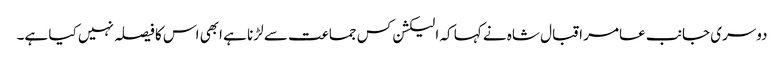
دوسری جانب عامر اقبال شاہ نے کہا کہ الیکشن کس جماعت سے لڑنا ہے ابھی اس کا فیصلہ نہیں کیا ہے۔